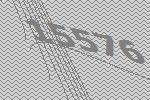
15576